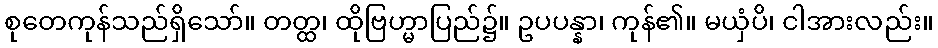
စုတေကုန်သည်ရှိသော်။ တတ္ထ၊ ထိုဗြဟ္မာပြည်၌။ ဥပပန္နာ၊ ကုန်၏။ မယှံပိ၊ ငါအားလည်း။